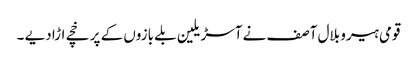
قومی ہیرو بلال آصف نے آسڑیلین بلے بازوں کے پر خچے اڑا دیے ۔